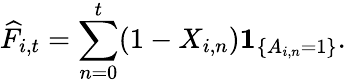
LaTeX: \widehat{F}_{i,t}=\sum_{n=0}^{t}(1-X_{i,n})\mathbf{1}_{\{ A_{i,n}=1\} }.